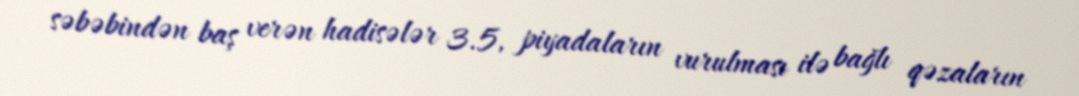
səbəbindən baş verən hadisələr 3.5, piyadaların vurulması ilə bağlı qəzaların